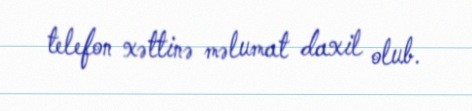
telefon xəttinə məlumat daxil olub.